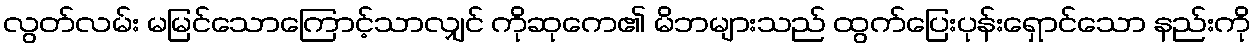
လွတ်လမ်း မမြင်သောကြောင့်သာလျှင် ကိုဆုကေ၏ မိဘများသည် ထွက်ပြေးပုန်းရှောင်သော နည်းကို